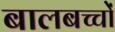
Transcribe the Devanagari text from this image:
बालबच्चों